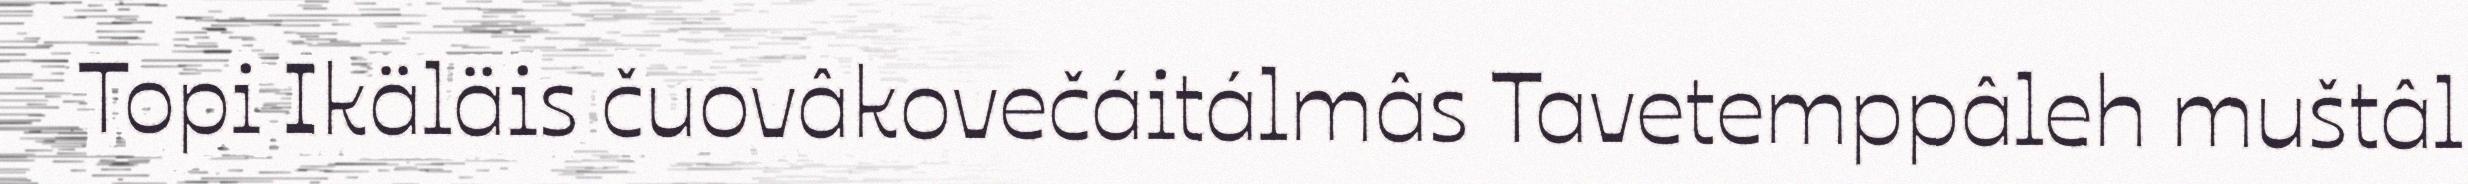
Topi Ikäläis čuovâkovečáitálmâs Tavetemppâleh muštâl